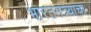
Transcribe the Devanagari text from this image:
भारतमंत्र्याचा